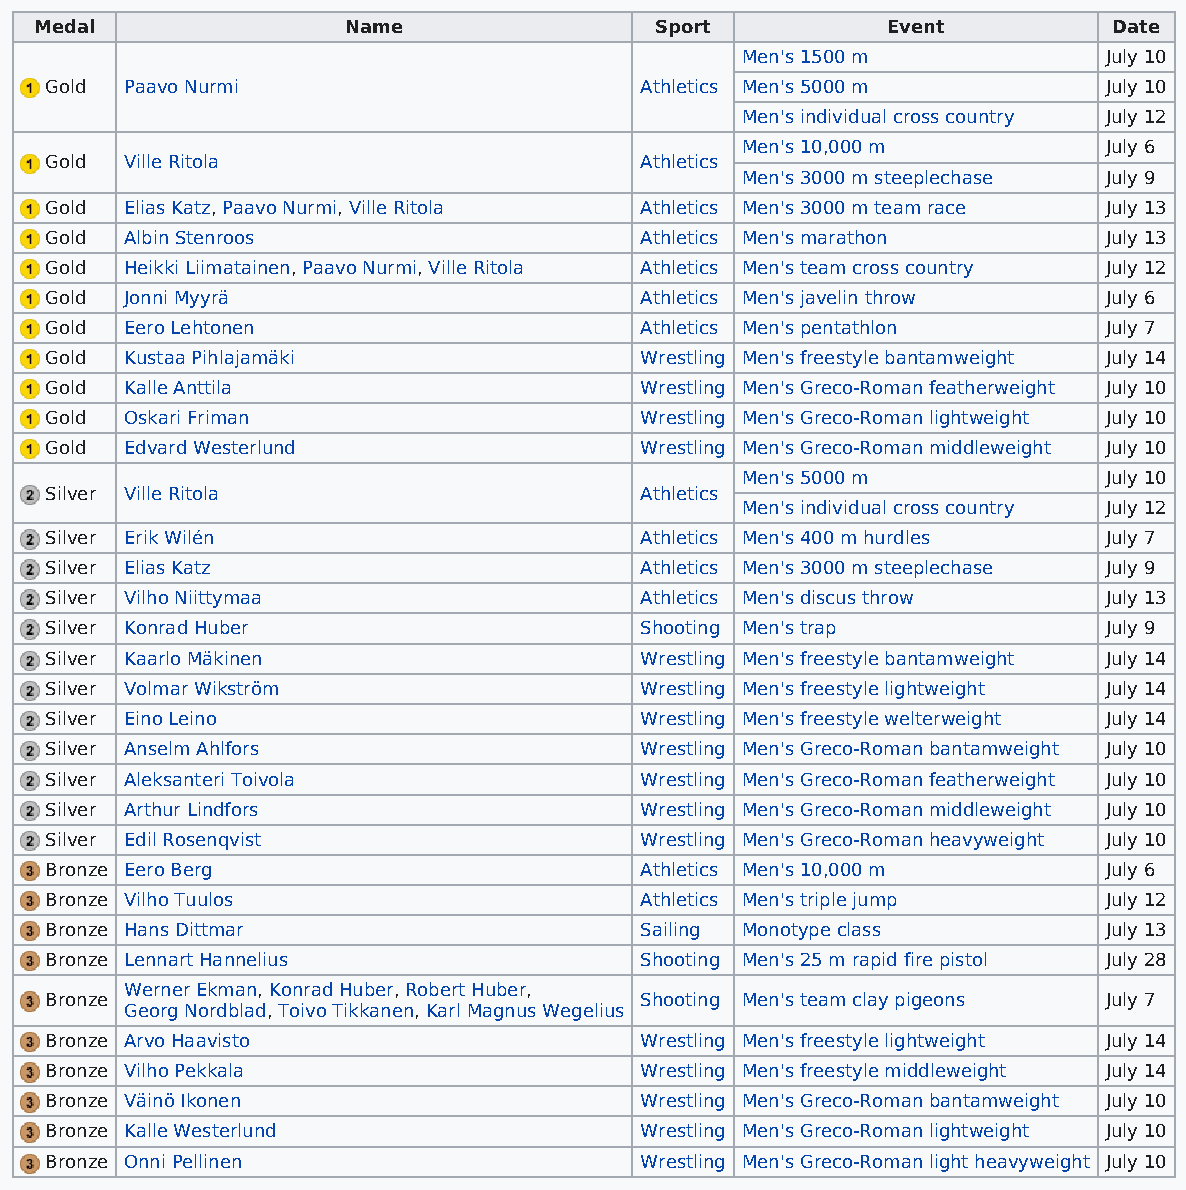
Medal                Name                Sport           Event          Date
 Men's 1500 m            July 10
 Gold Paavo Nurmi                       Athletics Men's 5000 m         July 10
 Men's individual cross country July 12
 Men's 10,000 m          July 6
 Gold Ville Ritola                      Athletics
 Men's 3000 m steeplechase July 9
 Gold Elias Katz, Paavo Nurmi, Ville Ritola Athletics Men's 3000 m team race July 13
 Gold Albin Stenroos                    Athletics Men's marathon       July 13
 Gold Heikki Liimatainen, Paavo Nurmi, Ville Ritola Athletics Men's team cross country July 12
 Gold Jonni Myyrä                       Athletics Men's javelin throw  July 6
 Gold Eero Lehtonen                     Athletics Men's pentathlon     July 7
 Gold Kustaa Pihlajamäki                Wrestling Men's freestyle bantamweight July 14
 Gold Kalle Anttila                     Wrestling Men's Greco-Roman featherweight July 10
 Gold Oskari Friman                     Wrestling Men's Greco-Roman lightweight July 10
 Gold Edvard Westerlund                 Wrestling Men's Greco-Roman middleweight July 10
 Men's 5000 m            July 10
 Silver Ville Ritola                    Athletics
 Men's individual cross country July 12
 Silver Erik Wilén                      Athletics Men's 400 m hurdles  July 7
 Silver Elias Katz                      Athletics Men's 3000 m steeplechase July 9
 Silver Vilho Niittymaa                 Athletics Men's discus throw   July 13
 Silver Konrad Huber                    Shooting Men's trap            July 9
 Silver Kaarlo Mäkinen                  Wrestling Men's freestyle bantamweight July 14
 Silver Volmar Wikström                 Wrestling Men's freestyle lightweight July 14
 Silver Eino Leino                      Wrestling Men's freestyle welterweight July 14
 Silver Anselm Ahlfors                  Wrestling Men's Greco-Roman bantamweight July 10
 Silver Aleksanteri Toivola             Wrestling Men's Greco-Roman featherweight July 10
 Silver Arthur Lindfors                 Wrestling Men's Greco-Roman middleweight July 10
 Silver Edil Rosenqvist                 Wrestling Men's Greco-Roman heavyweight July 10
 Bronze Eero Berg                       Athletics Men's 10,000 m       July 6
 Bronze Vilho Tuulos                    Athletics Men's triple jump    July 12
 Bronze Hans Dittmar                    Sailing Monotype class         July 13
 Bronze Lennart Hannelius               Shooting Men's 25 m rapid fire pistol July 28
 Werner Ekman, Konrad Huber, Robert Huber,
 Bronze                                 Shooting Men's team clay pigeons July 7
 Georg Nordblad, Toivo Tikkanen, Karl Magnus Wegelius
 Bronze Arvo Haavisto                   Wrestling Men's freestyle lightweight July 14
 Bronze Vilho Pekkala                   Wrestling Men's freestyle middleweight July 14
 Bronze Väinö Ikonen                    Wrestling Men's Greco-Roman bantamweight July 10
 Bronze Kalle Westerlund                Wrestling Men's Greco-Roman lightweight July 10
 Bronze Onni Pellinen                   Wrestling Men's Greco-Roman light heavyweight July 10